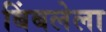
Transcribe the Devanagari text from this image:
बिंबलेला